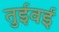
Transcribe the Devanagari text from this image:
तुईवई